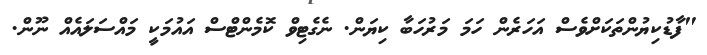
"ފާޑުކިޔުންތަކަށްވެސް އަހަރެން ހަމަ މަރުހަބާ ކިޔަން. ނެގެޓިވް ކޮމެންޓްސް އައުމަކީ މައްސަލައެއް ނޫން.